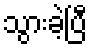
သွားခဲ့ပြီ